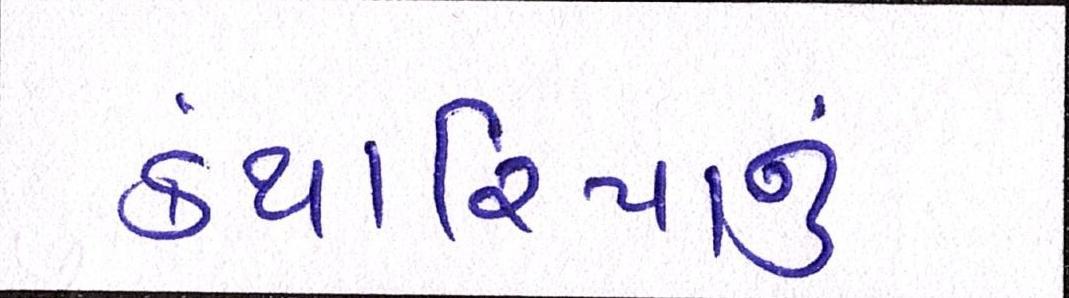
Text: કંથારિયાનું